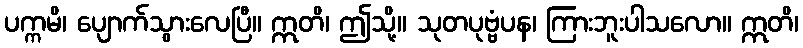
ပက္ကမိ၊ ပျောက်သွားလေပြီ။ ဣတိ၊ ဤသို့။ သုတပုဗ္ဗံပန၊ ကြားဘူးပါသလော။ ဣတိ၊